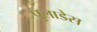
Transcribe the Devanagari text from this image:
पुलाडेस